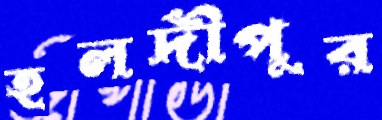
হলদীপুর